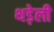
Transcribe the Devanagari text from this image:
थड़ेली